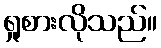
ရှုစားလိုသည်။